Vaccination in the Punjab 1883-1896 - 1883-1896
Year: 1883
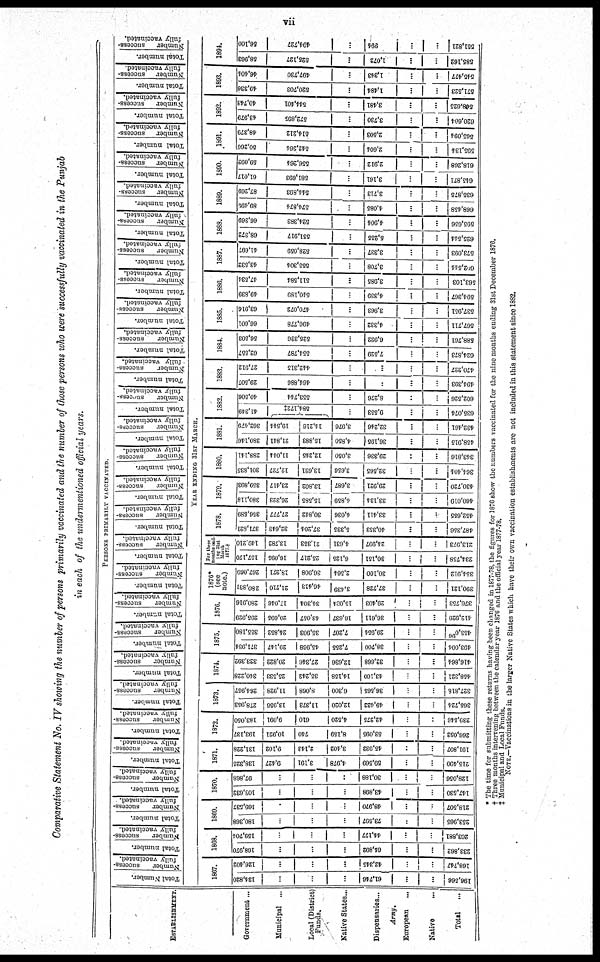
vii
Comparative Statement No. IV showing the number of persons primarily vaccinated and the number of those persons who were successfully vaccinated in the Punjab
in each of the undermentioned official years.
PERSONS PRIMARILY VACCINATED.
ESTABLISHMENT.
Government ...
Municipal ...
Local (District)
Funds.
Native States ...
Dispensaries ...
Army.
European ...
Native ...
Total
...
Total Number.
Number
success-
fully vaccinated.
Total number.
Number
success-
fully vaccinated.
Total number.
Number
success-
fully vaccinated.
Total number.
Number
success-
fully vaccinated.
Total number.
Number
success-
fully vaccinated.
Total number.
Number
success-
fully vaccinated.
Total number.
Number
success-
fully vaccinated.
Total number.
Number
success-
fully vaccinated.
Total number.
Number
success-
fully vaccinated.
Total number.
Number
success-
fully vaccinated.
Total number.
Number
success-
fully vaccinated.
Total number.
Number
success-
fully vaccinated.
Total number.
Number
success-
fully vaccinated.
Total number.
Number
success-
fully vaccinated.
Total number.
Number
success-
fully vaccinated.
Total number.
Number
success-
fully vaccinated.
Total number.
Number
success-
fully vaccinated.
Total number.
Number
success-
fully vaccinated.
Total number.
Number
success-
fully vaccinated.
Total number.
Number
success¬
Total number.
Number
success-
fully vaccinated.
Total number.
Number
success-
fully vaccinated.
Total number.
Number
success-
fully vaccinated.
Total number.
Number
success-
fully vaccinated.
Total number.
Number
success-
fully vaccinated.
Total number.
Number
success-
fully vaccinated.
Total number.
Number
success-
fully vaccinated.
Total number.
Number
success-
fully vaccinated.
Total number.
Number
success-
fully vaccinated.
YEAR ENDING 31ST MARCH.
1867.
134,820
...
...
...
61,746
...
...
196,566
126,402
...
...
...
42,345
...
...
168,747
1868.
168,970
...
...
...
64,892
...
...
233,862
159,704
...
...
...
44,177
...
...
203,881
1869.
180,368
...
...
...
73,597
...
...
253,965
169,537
...
...
...
48,970
...
...
218,507
1870.
...
...
...
...
43,898
...
...
147,530
97,868
...
...
...
30,188
...
...
128,056
1871.
138,325
9,427
3,191
4,978
59,569
...
...
215,490
131,228
9,102
2,143
3,402
45,932
...
...
191,807
1872.
193,137
10,921
740
8,159
53,095
...
...
266,052
183,050
9,091
610
4,520
42,275
...
...
239,546
1873.
278,953
13,956
11,373
12,020
49,422
...
...
365,724
264,957
11,928
8,068
6,300
36,565
...
...
327,818
1874.
340,228
25,553
35,242
14,158
43,160
...
...
458,321
323,392
20,822
27,346
12,636
32,668
...
...
416,864
1875.
371,934
29,147
45,968
7,255
38,700
...
...
493,004
355,180
24,852
35,903
7,207
29,954
...
...
453,096
1876.
295,929
20,695
43,057
16,637
36,611
...
...
412,929
280,916
17,046
34,304
15,084
29,403
...
...
376,753
1876*
(see
note.)
280,918
21,710
46,413
3,439
37,728
...
...
390,121
267,069
18,271
36,908
2,564
30,100
...
...
354,912
For three
months end¬
ing 31st
March
1877.†
157,170
16,095
25,217
6,125
30,151
...
...
234,758
149,210
13,782
21,353
4,631
24,997
...
...
213,973
1878.
371,821
32,643
37,204
5,335
40,353
...
...
487,356
356,589
27,777
30,842
4,036
33,411
...
...
452,655
1879.
380,118
26,323
15,585
4,859
33,134
...
...
460,019
359,893
23,417
13,802
3,687
29,921
...
...
430,720
1860.
301,835
12,727
13,621
3,656
32,565
...
...
364,404
288,14l
11,044
12,245
3,050
29,336
...
343,816
1881.
380,146
21,841
15,883
4,850
36,195
...
458,915
362,479
19,544
14,216
3,976
32,246
...
...
432,461
1882.
41,349
584,172‡
...
9,553
...
...
635,074
40,506
553,744
...
8,276
...
...
602,526
1883.
29,507
464,886
...
...
...
...
494,393
27,912
442,315
...
...
...
...
470,227
1884.
62,557
554,787
...
7,529
...
...
624,873
56,503
525,336
...
6,922
...
...
588,761
1885.
66,601
496,778
...
4,332
...
...
567,711
63,916
470,072
...
3,963
...
...
537,951
1886.
49,839
540,189
...
4,339
...
...
594,367
47,534
511,584
...
3,985
...
...
563,103
1887.
43,532
555,304
...
3,708
...
...
602,544
41,697
528,059
...
3,337
...
...
573,093
1888.
68,372
551,917
...
5,255
...
...
625,544
66,369
524,383
...
4,904
...
...
595,656
1889.
89,499
574,874
...
4,085
...
...
668,458
87,269
544,893
...
3,713
...
...
635,875
1890.
61,017
581,693
...
3,161
...
...
645,871
59,092
556,264
...
2,912
...
...
618,268
1891.
50,266
542,264
...
2,604
...
...
595,134
48,379
514,212
...
2,503
...
...
565,094
1892.
43,979
572,895
...
3,730
...
...
620,604
40,743
544,401
...
3,481
...
...
568,625
1893.
49,336
520,703
...
1,484
...
....
571,523
46,336
497,730
...
1,343
...
...
545,477
1894.
58,963
525,127
...
1,072
...
...
585,162
56,100
494,727
...
994
...
...
551,821
* The time for submitting these returns having been changed in 1877-78, the figures for 1876 show the numbers vaccinated for the nine months ending 31st December 1876.
† Three months intervening between the calendar year 1876 and the official year 1877-78.
‡ Municipal and Local Funds.
NOTE.-Vaccinations in the larger Native States which have their own vaccination establishments are not included in this statement since 1882.